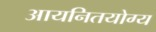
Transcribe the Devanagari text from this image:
आयनितयोग्य